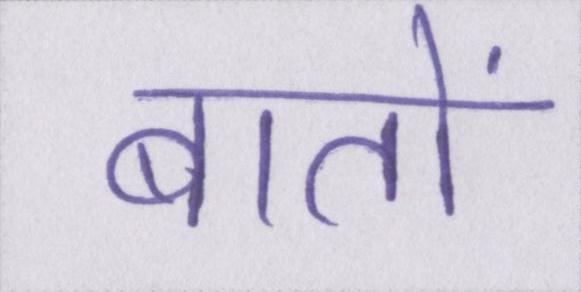
बातों